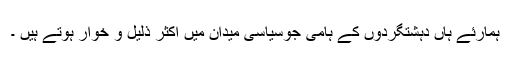
ہمارئے ہاں دہشتگردوں کے ہامی جوسیاسی میدان میں اکثر ذلیل و خوار ہوتے ہیں ۔